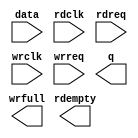
// megafunction wizard: %FIFO%VBB%
// GENERATION: STANDARD
// VERSION: WM1.0
// MODULE: dcfifo_mixed_widths 

// ============================================================
// Megafunction Name(s):
// 			dcfifo_mixed_widths
//
// Simulation Library Files(s):
// 			
// ============================================================
// ************************************************************
// THIS IS A WIZARD-GENERATED FILE. DO NOT EDIT THIS FILE!
//
// 16.1.0 Build 196 10/24/2016 SJ Lite Edition
// ************************************************************

//Copyright (C) 2016  Intel Corporation. All rights reserved.
//Your use of Intel Corporation's design tools, logic functions 
//and other software and tools, and its AMPP partner logic 
//functions, and any output files from any of the foregoing 
//(including device programming or simulation files), and any 
//associated documentation or information are expressly subject 
//to the terms and conditions of the Intel Program License 
//Subscription Agreement, the Intel Quartus Prime License Agreement,
//the Intel MegaCore Function License Agreement, or other 
//applicable license agreement, including, without limitation, 
//that your use is for the sole purpose of programming logic 
//devices manufactured by Intel and sold by Intel or its 
//authorized distributors.  Please refer to the applicable 
//agreement for further details.

module FIFO (
	data,
	rdclk,
	rdreq,
	wrclk,
	wrreq,
	q,
	rdempty,
	wrfull);

	input	[47:0]  data;
	input	  rdclk;
	input	  rdreq;
	input	  wrclk;
	input	  wrreq;
	output	[11:0]  q;
	output	  rdempty;
	output	  wrfull;

endmodule

// ============================================================
// CNX file retrieval info
// ============================================================
// Retrieval info: PRIVATE: AlmostEmpty NUMERIC "0"
// Retrieval info: PRIVATE: AlmostEmptyThr NUMERIC "-1"
// Retrieval info: PRIVATE: AlmostFull NUMERIC "0"
// Retrieval info: PRIVATE: AlmostFullThr NUMERIC "-1"
// Retrieval info: PRIVATE: CLOCKS_ARE_SYNCHRONIZED NUMERIC "0"
// Retrieval info: PRIVATE: Clock NUMERIC "4"
// Retrieval info: PRIVATE: Depth NUMERIC "128"
// Retrieval info: PRIVATE: Empty NUMERIC "1"
// Retrieval info: PRIVATE: Full NUMERIC "1"
// Retrieval info: PRIVATE: INTENDED_DEVICE_FAMILY STRING "Cyclone IV E"
// Retrieval info: PRIVATE: LE_BasedFIFO NUMERIC "1"
// Retrieval info: PRIVATE: LegacyRREQ NUMERIC "0"
// Retrieval info: PRIVATE: MAX_DEPTH_BY_9 NUMERIC "0"
// Retrieval info: PRIVATE: OVERFLOW_CHECKING NUMERIC "0"
// Retrieval info: PRIVATE: Optimize NUMERIC "2"
// Retrieval info: PRIVATE: RAM_BLOCK_TYPE NUMERIC "0"
// Retrieval info: PRIVATE: SYNTH_WRAPPER_GEN_POSTFIX STRING "1"
// Retrieval info: PRIVATE: UNDERFLOW_CHECKING NUMERIC "0"
// Retrieval info: PRIVATE: UsedW NUMERIC "1"
// Retrieval info: PRIVATE: Width NUMERIC "48"
// Retrieval info: PRIVATE: dc_aclr NUMERIC "0"
// Retrieval info: PRIVATE: diff_widths NUMERIC "1"
// Retrieval info: PRIVATE: msb_usedw NUMERIC "0"
// Retrieval info: PRIVATE: output_width NUMERIC "12"
// Retrieval info: PRIVATE: rsEmpty NUMERIC "1"
// Retrieval info: PRIVATE: rsFull NUMERIC "0"
// Retrieval info: PRIVATE: rsUsedW NUMERIC "0"
// Retrieval info: PRIVATE: sc_aclr NUMERIC "0"
// Retrieval info: PRIVATE: sc_sclr NUMERIC "0"
// Retrieval info: PRIVATE: wsEmpty NUMERIC "0"
// Retrieval info: PRIVATE: wsFull NUMERIC "1"
// Retrieval info: PRIVATE: wsUsedW NUMERIC "0"
// Retrieval info: LIBRARY: altera_mf altera_mf.altera_mf_components.all
// Retrieval info: CONSTANT: CLOCKS_ARE_SYNCHRONIZED STRING "FALSE"
// Retrieval info: CONSTANT: INTENDED_DEVICE_FAMILY STRING "Cyclone IV E"
// Retrieval info: CONSTANT: LPM_NUMWORDS NUMERIC "128"
// Retrieval info: CONSTANT: LPM_SHOWAHEAD STRING "ON"
// Retrieval info: CONSTANT: LPM_TYPE STRING "dcfifo_mixed_widths"
// Retrieval info: CONSTANT: LPM_WIDTH NUMERIC "48"
// Retrieval info: CONSTANT: LPM_WIDTHU NUMERIC "7"
// Retrieval info: CONSTANT: LPM_WIDTHU_R NUMERIC "9"
// Retrieval info: CONSTANT: LPM_WIDTH_R NUMERIC "12"
// Retrieval info: CONSTANT: OVERFLOW_CHECKING STRING "ON"
// Retrieval info: CONSTANT: RDSYNC_DELAYPIPE NUMERIC "3"
// Retrieval info: CONSTANT: UNDERFLOW_CHECKING STRING "ON"
// Retrieval info: CONSTANT: USE_EAB STRING "OFF"
// Retrieval info: CONSTANT: WRSYNC_DELAYPIPE NUMERIC "3"
// Retrieval info: USED_PORT: data 0 0 48 0 INPUT NODEFVAL "data[47..0]"
// Retrieval info: USED_PORT: q 0 0 12 0 OUTPUT NODEFVAL "q[11..0]"
// Retrieval info: USED_PORT: rdclk 0 0 0 0 INPUT NODEFVAL "rdclk"
// Retrieval info: USED_PORT: rdempty 0 0 0 0 OUTPUT NODEFVAL "rdempty"
// Retrieval info: USED_PORT: rdreq 0 0 0 0 INPUT NODEFVAL "rdreq"
// Retrieval info: USED_PORT: wrclk 0 0 0 0 INPUT NODEFVAL "wrclk"
// Retrieval info: USED_PORT: wrfull 0 0 0 0 OUTPUT NODEFVAL "wrfull"
// Retrieval info: USED_PORT: wrreq 0 0 0 0 INPUT NODEFVAL "wrreq"
// Retrieval info: CONNECT: @data 0 0 48 0 data 0 0 48 0
// Retrieval info: CONNECT: @rdclk 0 0 0 0 rdclk 0 0 0 0
// Retrieval info: CONNECT: @rdreq 0 0 0 0 rdreq 0 0 0 0
// Retrieval info: CONNECT: @wrclk 0 0 0 0 wrclk 0 0 0 0
// Retrieval info: CONNECT: @wrreq 0 0 0 0 wrreq 0 0 0 0
// Retrieval info: CONNECT: q 0 0 12 0 @q 0 0 12 0
// Retrieval info: CONNECT: rdempty 0 0 0 0 @rdempty 0 0 0 0
// Retrieval info: CONNECT: wrfull 0 0 0 0 @wrfull 0 0 0 0
// Retrieval info: GEN_FILE: TYPE_NORMAL FIFO.v TRUE
// Retrieval info: GEN_FILE: TYPE_NORMAL FIFO.inc TRUE
// Retrieval info: GEN_FILE: TYPE_NORMAL FIFO.cmp TRUE
// Retrieval info: GEN_FILE: TYPE_NORMAL FIFO.bsf FALSE
// Retrieval info: GEN_FILE: TYPE_NORMAL FIFO_inst.v TRUE
// Retrieval info: GEN_FILE: TYPE_NORMAL FIFO_bb.v TRUE
// Retrieval info: GEN_FILE: TYPE_NORMAL FIFO_syn.v TRUE